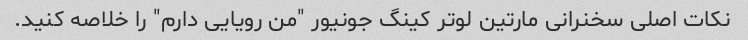
نکات اصلی سخنرانی مارتین لوتر کینگ جونیور "من رویایی دارم" را خلاصه کنید.